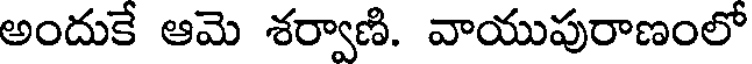
అందుకే ఆమె శర్వాణి. వాయుపురాణంలో